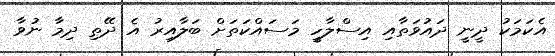
އެކަމަކު ދީނީ ދައުވަތާއި އިސްލާހީ މަަސައްކަތަށް ބަލާއިރު އެ ދޭތި ދިމާ ނުވާ